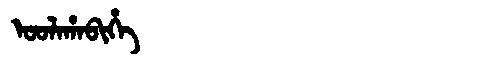
Manchu: ᠣᠣᠯᠠᡥᠠᠪᡳᡥᡝ
Romanization: OOLAHABIHE